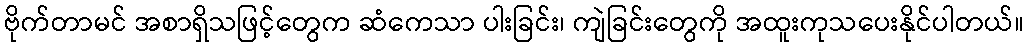
ဗိုက်တာမင် အစာရှိသဖြင့်တွေက ဆံကေသာ ပါးခြင်း၊ ကျဲခြင်းတွေကို အထူးကုသပေးနိုင်ပါတယ်။